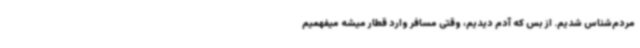
مردم‌شناس شدیم. از بس که آدم دیدیم، وقتی مسافر وارد قطار میشه میفهمیم